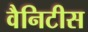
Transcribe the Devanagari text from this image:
वैनिटीस